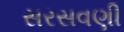
સરસવણી